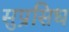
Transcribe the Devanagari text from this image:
सुप्रसिध